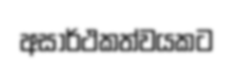
අසාර්ථකත්වයකට